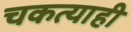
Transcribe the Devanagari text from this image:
चकत्याही